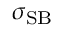
\sigma _ { \scriptstyle \mathrm { S B } }